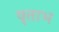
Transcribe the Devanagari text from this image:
वृताभ